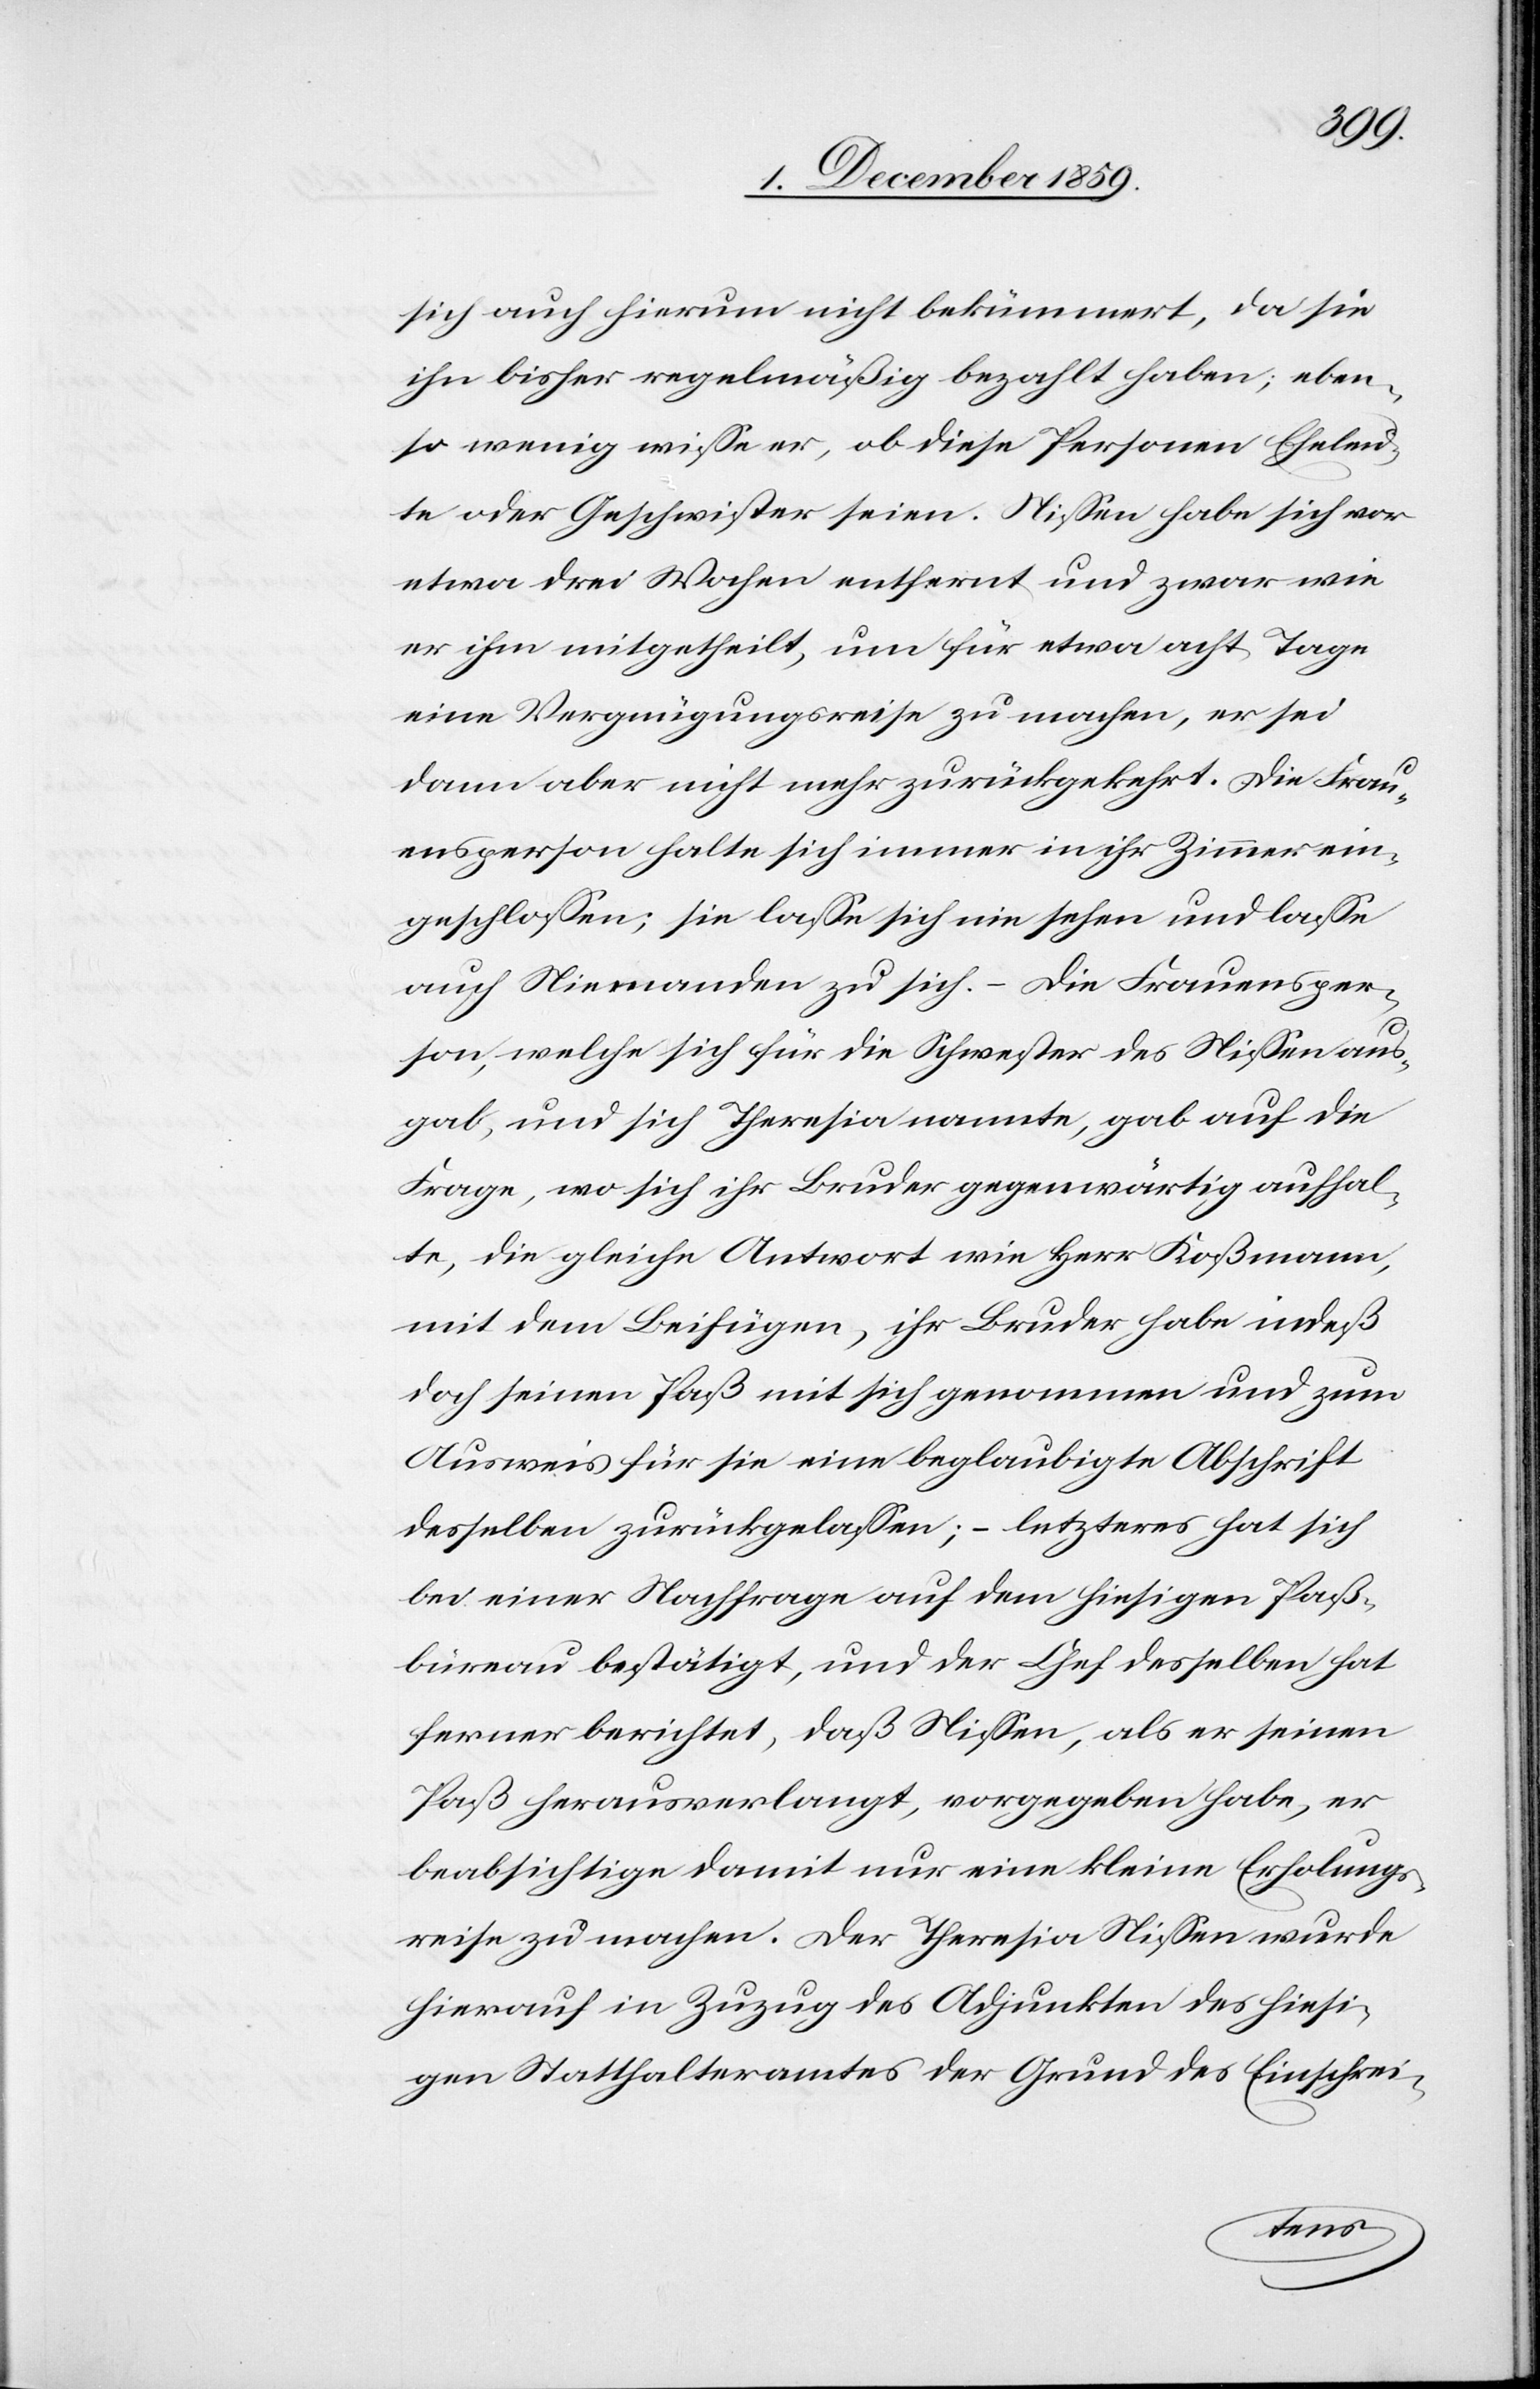
sich auch hierum nicht bekümmert, da sie
ihn bisher regelmäßig bezahlt haben; eben¬
so wenig wisse er, ob diese Personen Eheleu¬
te oder Geschwister seien, Niessen habe sich zwar
etwa drei Wochen entfernt und zwar wie
er ihm mitgetheilt, um für etwa acht Tage
eine Vergnügungsreise zu machen, er sei
dann aber nicht mehr zurückgekehrt. Die Frau¬
ensperson halte sich immer in ihrem Zimmer ein¬
geschlossen; sie lasse sich nie sehen und lasse
auch Niemanden zu sich. – Die Frauensper¬
son, welche sich für die Schwester des Niessen aus¬
gab, und sich Theresia nannte, gab auf die
Frage, wo sich ihr Bruder gegenwärtig aufhal¬
te, die gleiche Antwort wie Herr Koßmann,
mit dem Beifügen, ihr Bruder habe indeß
doch seinen Paß mit sich genommen und zum
Ausweis für sie eine beglaubigte Abschrift
desselben zurückgelassen; – letzteres hat sich
bei einer Nachfrage auf dem hiesigen Paß¬
büreau bestätigt, und der Chef desselben hat
ferner berichtet, daß Niessen, als er seinen
Paß herausverlangt, vorgegeben habe, er
beabsichtige damit nur eine kleine Erholungs¬
reise zu machen. Der Theresia Niessen wurde
hierauf in Zuzug des Adjunkten des hiesi¬
gen Statthalteramtes der Grund des Einschrei-